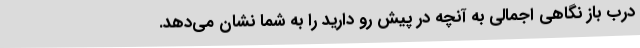
درب باز نگاهی اجمالی به آنچه در پیش رو دارید را به شما نشان می‌دهد.